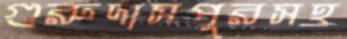
গুরুদাসপুরসহ